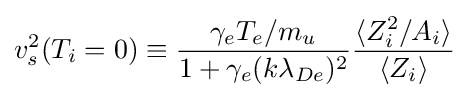
v_{s}^{2}(T_{i}=0)\equiv {\gamma _{e}T_{e}/m_{u} \over 1+\gamma _{e}(k\lambda _{De})^{2}}{\langle Z_{i}^{2}/A_{i}\rangle  \over \langle Z_{i}\rangle }